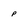
Character: p